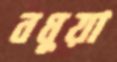
বধুয়া